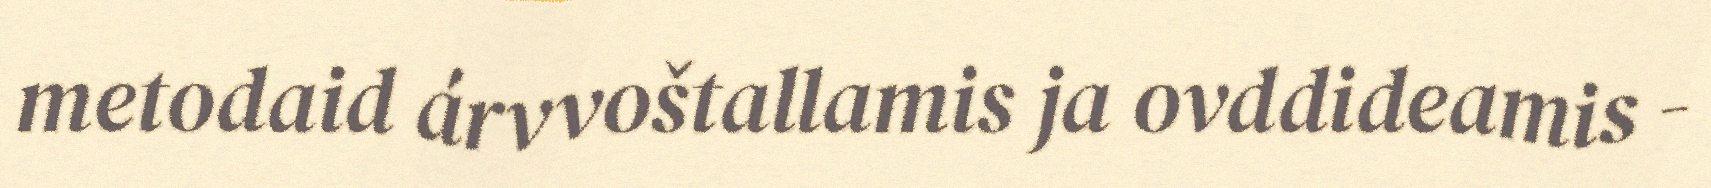
metodaid árvvoštallamis ja ovddideamis -